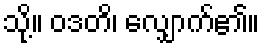
သို့။ ဝဒတိ၊ လျှောက်၏။